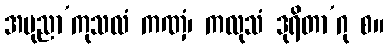
အပုညာ’ကုသလံ ကဏှံ၊ ကလုသံ ဒုရိတာ’ဂု စ။